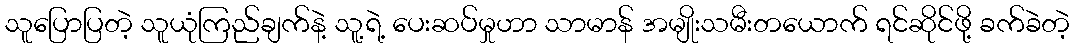
သူပြောပြတဲ့ သူယုံကြည်ချက်နဲ့ သူ့ရဲ့ ပေးဆပ်မှုဟာ သာမာန် အမျိုးသမီးတယောက် ရင်ဆိုင်ဖို့ ခက်ခဲတဲ့